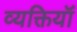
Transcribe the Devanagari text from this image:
व्यक्तियॉं